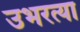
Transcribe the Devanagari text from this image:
उभरत्या